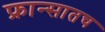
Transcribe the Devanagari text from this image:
फ्रान्सातच